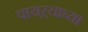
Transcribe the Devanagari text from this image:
पायऱ्याच्या